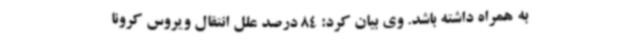
به همراه داشته باشد. وی بیان کرد: 84 درصد علل انتقال ویروس کرونا